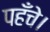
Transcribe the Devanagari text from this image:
पहँचे।